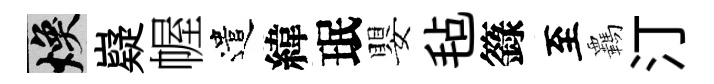
焕嶷幄遣緯珉嬰毡籙至覊汀